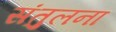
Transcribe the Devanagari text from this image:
संतुलना